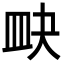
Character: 𥁍